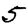
Digit: 5